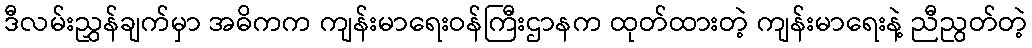
ဒီလမ်းညွှန်ချက်မှာ အဓိကက ကျန်းမာရေးဝန်ကြီးဌာနက ထုတ်ထားတဲ့ ကျန်းမာရေးနဲ့ ညီညွတ်တဲ့